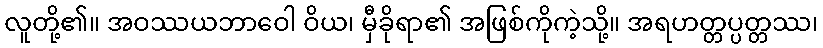
လူတို့၏။ အဝဿယဘာဝေါ ဝိယ၊ မှီခိုရာ၏ အဖြစ်ကိုကဲ့သို့။ အရဟတ္တပ္ပတ္တဿ၊